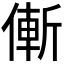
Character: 𠌲